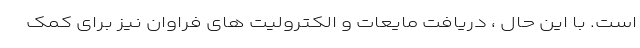
است. با این حال ، دریافت مایعات و الکترولیت های فراوان نیز برای کمک